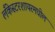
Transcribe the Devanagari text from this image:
लँकेस्टरशायरमधील